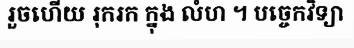
រួចហើយ រុករក ក្នុង លំហ ។ បច្ចេកវិទ្យា